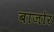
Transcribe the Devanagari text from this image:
बाजोर